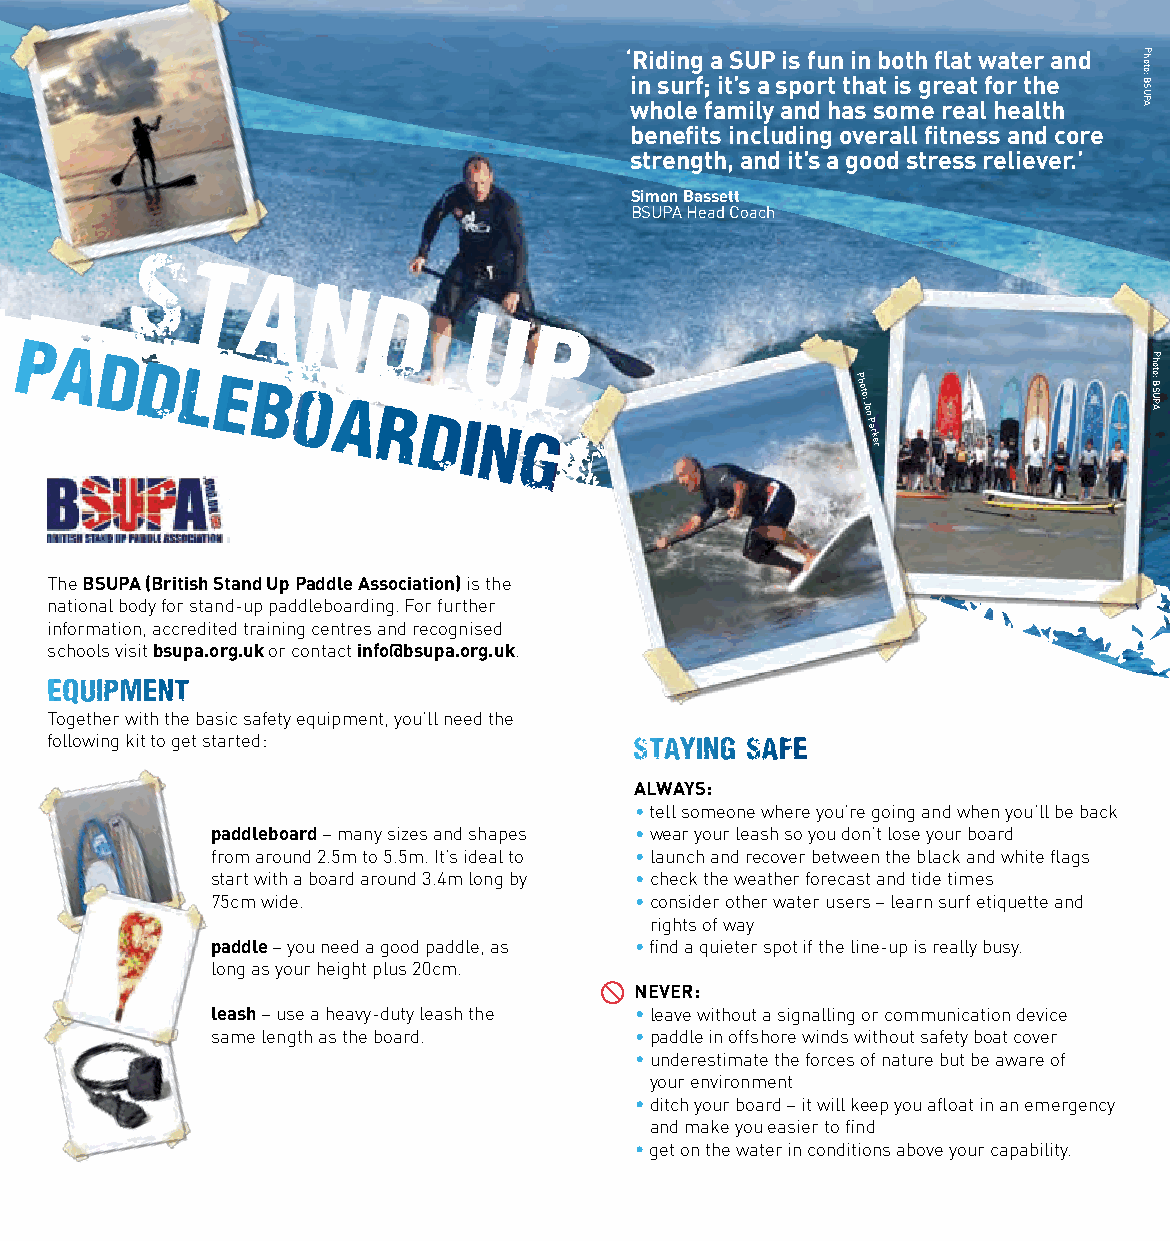
‘ iR ni d si un rg
 f
 ;a
 i
 tS ’sU ap sis
 p
 ofu rtn
 t
 i hn
 a
 b
 t
 o ist h
 g
 rfl ea at
 t
 w foa rt e tr
 h
 ea n d
 USB
 :otohP
 whole family and has some real health AP
 benefits including overall fitness and core
 strength, and it’s a good stress reliever.’
 Simon Bassett
 BSUPA Head Coach
 S
 t
 a
 n
 d
 u
 p
 p
 a
 DD
 l  e b
 o
 a r
 di
 n
 g
 Photo:
 Jon
 Parker
 APUSB
 :otohP
 The BSUpA (British Stand Up paddle Association) is the
 national body for stand-up paddleboarding. For further
 information, accredited training centres and recognised
 schools visit bsupa.org.uk or contact info@bsupa.org.uk.
 EQUIPMENT
 Together with the basic safety equipment, you’ll need the
 following kit to get started:          STAYING SAFE
 ALWAYS:
 • tell someone where you’re going and when you’ll be back
 paddleboard – many sizes and shapes • wear your leash so you don’t lose your board
 from around 2.5m to 5.5m. It’s ideal to • launch and recover between the black and white flags
 start with a board around 3.4m long by • check the weather forecast and tide times
 75cm wide.                  • consider other water users – learn surf etiquette and
 rights of way
 paddle – you need a good paddle, as • find a quieter spot if the line-up is really busy.
 long as your height plus 20cm.
 NEvER:
 leash – use a heavy-duty leash the • leave without a signalling or communication device
 same length as the board.   • paddle in offshore winds without safety boat cover
 • underestimate the forces of nature but be aware of
 your environment
 • ditch your board – it will keep you afloat in an emergency
 and make you easier to find
 • get on the water in conditions above your capability.